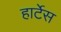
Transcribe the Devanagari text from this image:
हार्टेस